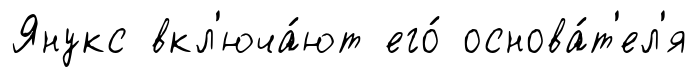
Янукс вкл'юча́ют его́ основа́т'ел'я